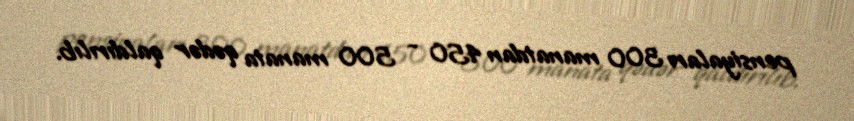
pensiyaları 300 manatdan 450 - 500 manata qədər qaldırılıb.